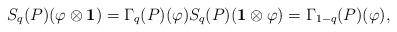
LaTeX: \begin{align*}S_q(P)(\varphi \otimes \mathbf{1}) = \Gamma_q(P)(\varphi) S_q(P)(\mathbf{1}\otimes \varphi) = \Gamma_{1-q} (P)(\varphi),\end{align*}